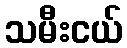
သမီးငယ်